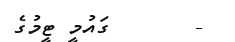
-       ގައުމީ ޓީމުގެ